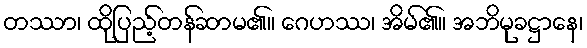
တဿာ၊ ထိုပြည့်တန်ဆာမ၏။ ဂေဟဿ၊ အိမ်၏။ အဘိမုခဋ္ဌာနေ၊